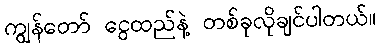
ကျွန်တော် ငွေထည်နဲ့ တစ်ခုလိုချင်ပါတယ်။